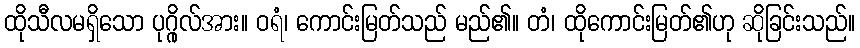
ထိုသီလမရှိသော ပုဂ္ဂိုလ်အား။ ဝရံ၊ ကောင်းမြတ်သည် မည်၏။ တံ၊ ထိုကောင်းမြတ်၏ဟု ဆိုခြင်းသည်။